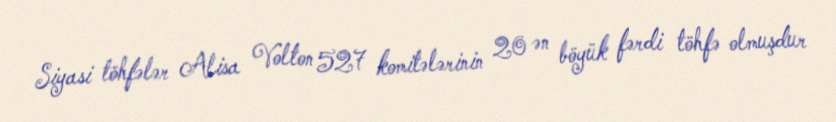
Siyasi töhfələr Alisa Volton 527 komitələrinin 20 ən böyük fərdi töhfə olmuşdur